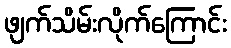
ဖျက်သိမ်းလိုက်ကြောင်း